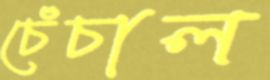
চেঁচাল